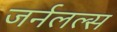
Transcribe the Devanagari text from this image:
जर्नलल्स